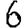
Digit: 6